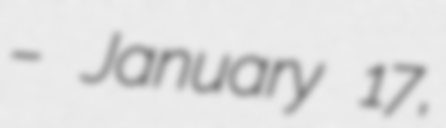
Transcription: – January 17,